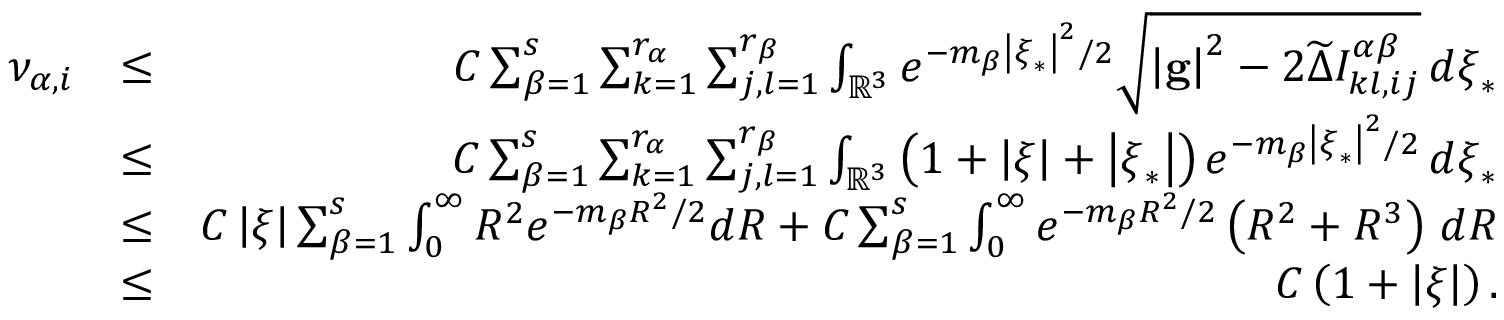
\begin{array} { r l r } { \nu _ { \alpha , i } } & { \leq } & { C \sum _ { \beta = 1 } ^ { s } \sum _ { k = 1 } ^ { r _ { \alpha } } \sum _ { j , l = 1 } ^ { r _ { \beta } } \int _ { \mathbb { R } ^ { 3 } } e ^ { - m _ { \beta } \left\vert \boldsymbol { \xi } _ { \ast } \right\vert ^ { 2 } / 2 } \sqrt { \left\vert \mathbf { g } \right\vert ^ { 2 } - 2 \widetilde { \Delta } I _ { k l , i j } ^ { \alpha \beta } } \, d \boldsymbol { \xi } _ { \ast } } \\ & { \leq } & { C \sum _ { \beta = 1 } ^ { s } \sum _ { k = 1 } ^ { r _ { \alpha } } \sum _ { j , l = 1 } ^ { r _ { \beta } } \int _ { \mathbb { R } ^ { 3 } } \left( 1 + \left\vert \boldsymbol { \xi } \right\vert + \left\vert \boldsymbol { \xi } _ { \ast } \right\vert \right) e ^ { - m _ { \beta } \left\vert \boldsymbol { \xi } _ { \ast } \right\vert ^ { 2 } / 2 } \, d \boldsymbol { \xi } _ { \ast } } \\ & { \leq } & { C \left\vert \boldsymbol { \xi } \right\vert \sum _ { \beta = 1 } ^ { s } \int _ { 0 } ^ { \infty } R ^ { 2 } e ^ { - m _ { \beta } R ^ { 2 } / 2 } d R + C \sum _ { \beta = 1 } ^ { s } \int _ { 0 } ^ { \infty } e ^ { - m _ { \beta } R ^ { 2 } / 2 } \left( R ^ { 2 } + R ^ { 3 } \right) \, d R } \\ & { \leq } & { C \left( 1 + \left\vert \boldsymbol { \xi } \right\vert \right) \mathrm { . } } \end{array}